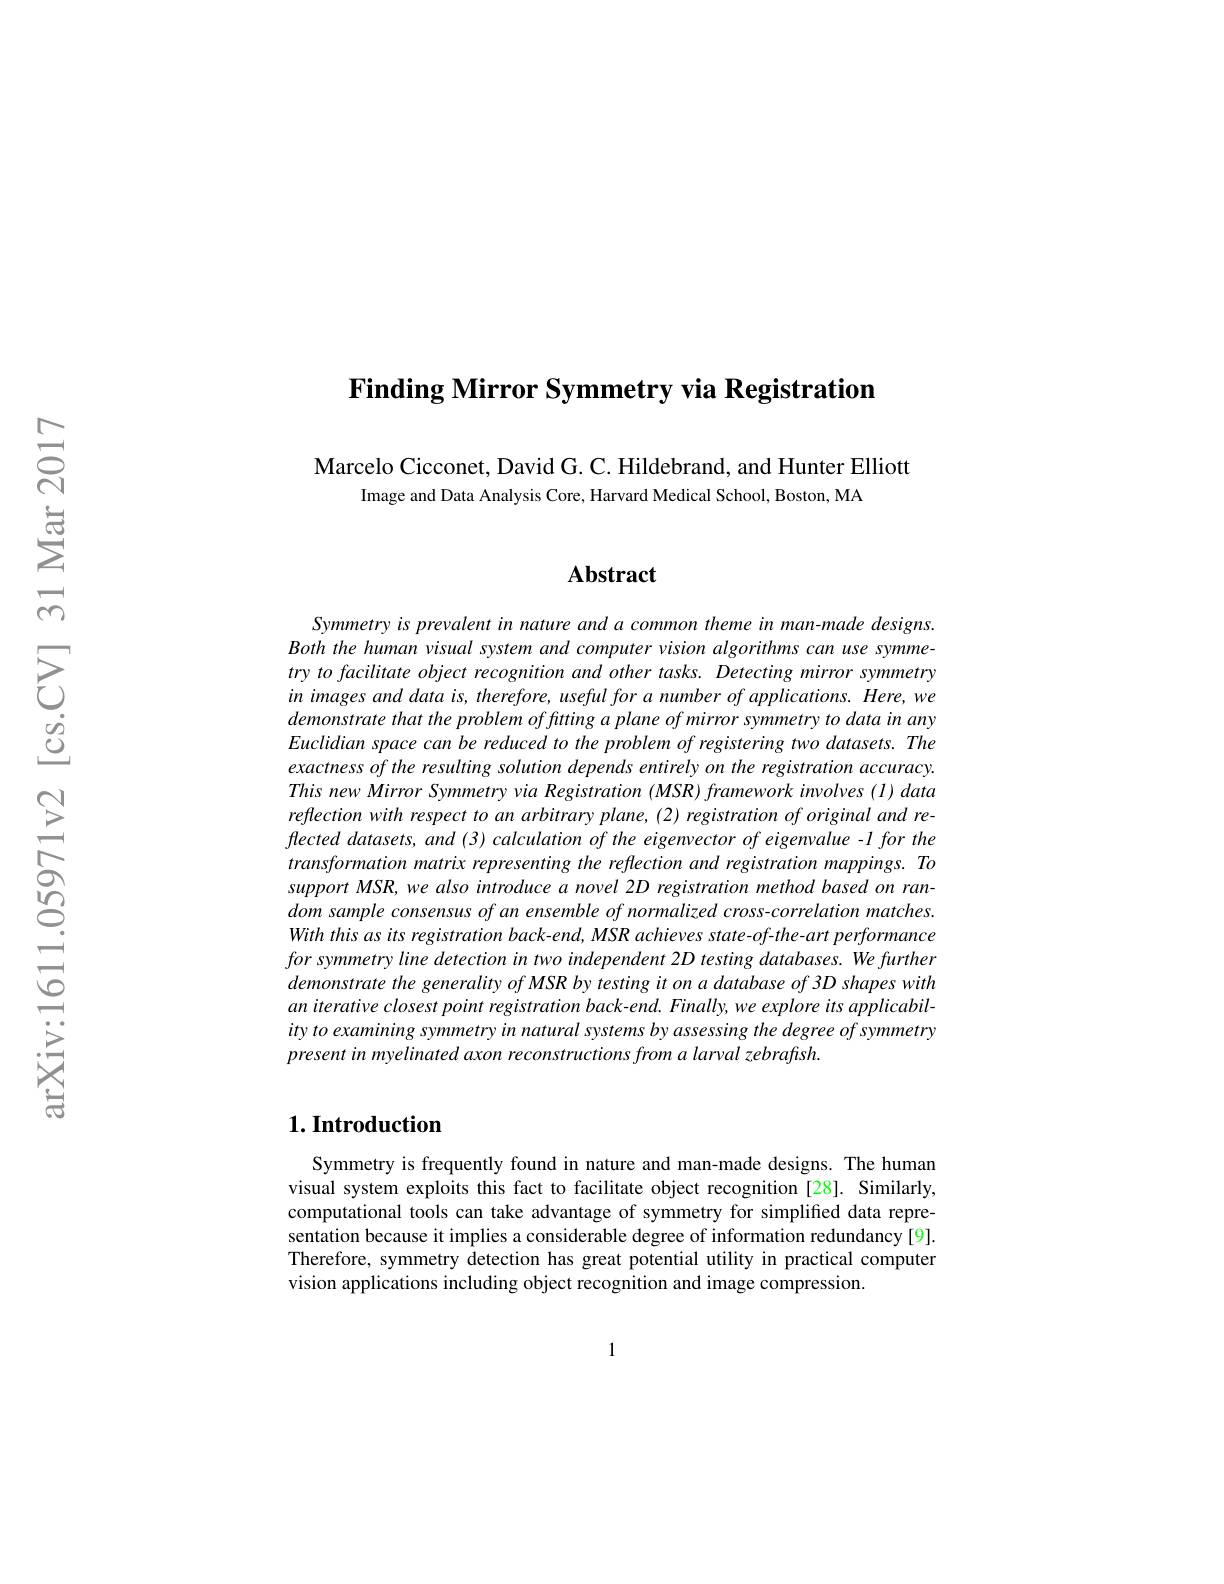
$\textbf{Finding Mirror Symmetry via Registration}$

Marcelo Cicconet, David G. C. Hildebrand, and Hunter Elliott
Image and Data Analysis Core, Harvard Medical School, Boston, MA

### $\mathbf{Abstract}$

Symmetry is prevalent in nature and a common theme in man-made designs. Both the human visual system and computer vision algorithms can use symmetry to facilitate object recognition and other tasks. Detecting mirror symmetry in images and data is, therefore, useful for a number of applications. Here, we demonstrate that the problem of fitting a plane of mirror symmetry to data in any Euclidian space can be reduced to the problem of registering two datasets. The exactness of the resulting solution depends entirely on the registration accuracy. This new Mirror Symmetry via Registration ( MSR) framework involves ( I) data reflection with respect to an arbitrary plane, (2) registration of original and reflected datasets, and (3) calculation of the eigenvector of eigenvalue -1 for the transformation matrix representing the reflection and registration mappings. To support MSR, we also introduce a novel 2D registration method based on random sample consensus of an ensemble of normalized cross-correlation matches. With this as its registration back-end, MSR achieves state-of-the-art performance forsymmetryline detection in two independent 2D testing databases. We further demonstrate the generality of MSR by testing it on a database of 3D shapes with an iterative closest point registration back-end. Finally, we explore its applicability to examining symmetry in natural systems by assessing the degree of symmetry present in myelinated axon reconstructions from a larval zebrafish.

### $1. \textbf{Introduction}$

Symmetry is frequently found in nature and man-made designs. The human visual system exploits this fact to facilitate object recognition [28]. Similarly, computational tools can take advantage of symmetry for simplified data representation because it implies a considerable degree of information redundancy [9]. Therefore, symmetry detection has great potential utility in practical computer vision applications including object recognition and image compression.

1